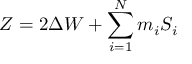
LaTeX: Z = 2 \Delta { \cal W } + \sum _ { i = 1 } ^ { N } m _ { i } S _ { i }